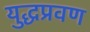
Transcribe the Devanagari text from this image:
युद्धप्रवण